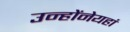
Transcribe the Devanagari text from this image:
उन्होंनेयहां